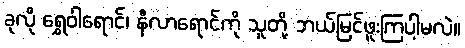
ခုလို ရွှေဝါရောင်၊ နီလာရောင်ကို သူတို့ ဘယ်မြင်ဖူးကြပါ့မလဲ။